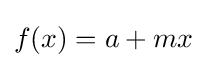
f(x)=a+mx